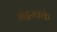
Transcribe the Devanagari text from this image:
भंद्रस्वके